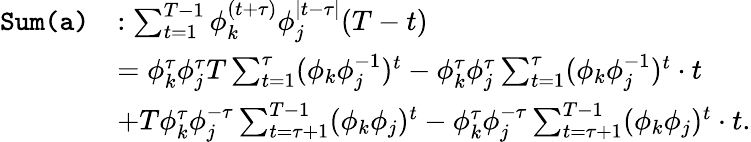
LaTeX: \begin{array}{rl}{\texttt{Sum(a)}}&{:\sum_{t=1}^{T-1}\phi_{k}^{(t+\tau)}\phi_{j}^{\mid t-\tau\mid}(T-t)}\\ &{=\phi_{k}^{\tau}\phi_{j}^{\tau}T\sum_{t=1}^{\tau}(\phi_{k}\phi_{j}^{-1})^{t}-\phi_{k}^{\tau}\phi_{j}^{\tau}\sum_{t=1}^{\tau}(\phi_{k}\phi_{j}^{-1})^{t}\cdot t}\\ &{+T\phi_{k}^{\tau}\phi_{j}^{-\tau}\sum_{t=\tau+1}^{T-1}(\phi_{k}\phi_{j})^{t}-\phi_{k}^{\tau}\phi_{j}^{-\tau}\sum_{t=\tau+1}^{T-1}(\phi_{k}\phi_{j})^{t}\cdot t.}\end{array}